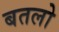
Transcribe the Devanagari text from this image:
बतलो